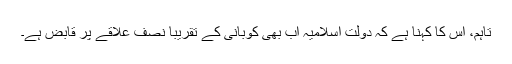
تاہم، اس کا کہنا ہے کہ دولت اسلامیہ اب بھی کوبانی کے تقریباً نصف علاقے پر قابض ہے۔